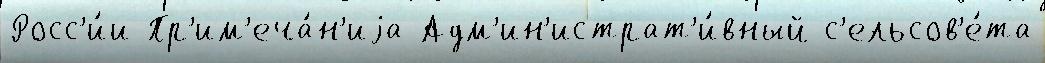
Росс'и́и Пр'им'еча́н'иjа Адм'ин'истрат'и́вный с'ельсов'е́та